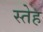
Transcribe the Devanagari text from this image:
स्तेह